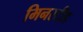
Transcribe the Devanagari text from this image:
मिनस्टीड